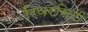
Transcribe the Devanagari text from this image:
रिवरसिटी